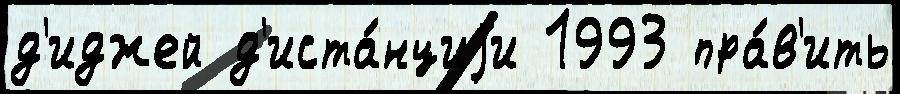
д'иджей д'иста́нциjи 1993 пра́в'ить